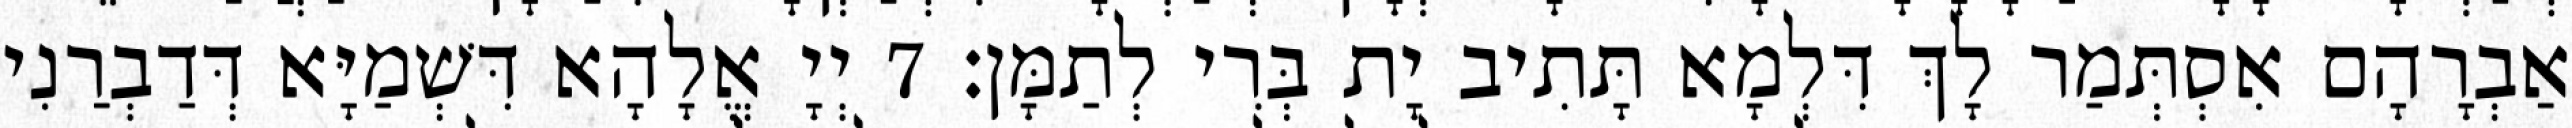
אַבְרָהָם אִסְתְּמַר לָךְ דִּלְמָא תָּתִיב יָת בְּרִי לְתַמָּן׃ 7 יְיָ אֱלָהָא דִּשְׁמַיָּא דְּדַבְרַנִי